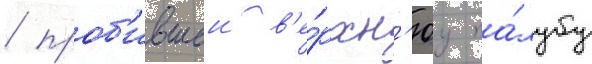
/ проб'ившеи в'е́рхн'юу па́лубу